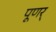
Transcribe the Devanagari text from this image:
पूणर्